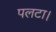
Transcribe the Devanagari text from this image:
पलटा।